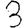
Digit: 3